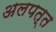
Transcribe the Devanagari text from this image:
अलपत्त